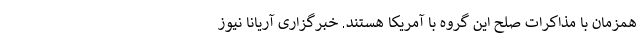
همزمان با مذاکرات صلح این گروه با آمریکا هستند. خبرگزاری آریانا نیوز